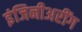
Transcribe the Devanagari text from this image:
इंजिनीअरींग